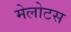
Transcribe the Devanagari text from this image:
मेलोटस